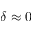
\delta \approx 0